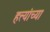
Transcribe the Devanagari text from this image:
हत्त्यांच्या